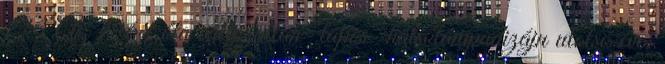
213 Az 1968 óta változatlan "lapos" hátsólámpadizájn utolsó éve;